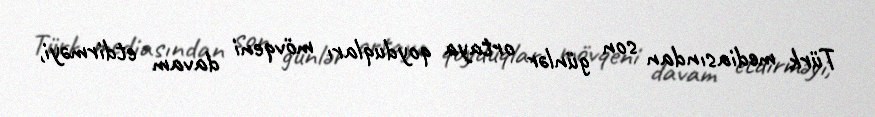
Türk mediasından son günlər ortaya qoyduqları mövqeni davam etdirməyi,